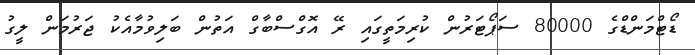
ޑޯޓްމަންޑްްގެ 80000 ސަޕޯޓަރުން ކުރިމަތީގައި ރޭ އޮގްސްބާގް އަތުން ބަލިވުމާއެކު ޖަރުމަން ލީގު